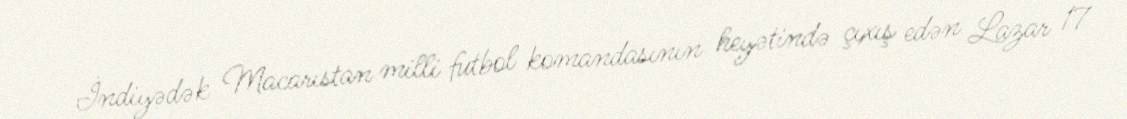
İndiyədək Macarıstan milli futbol komandasının heyətində çıxış edən Lazar 17